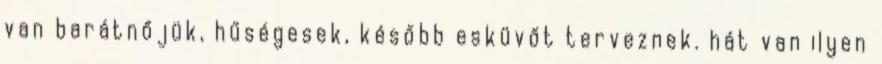
van barátnőjük, hűségesek, később esküvőt terveznek. hát van ilyen